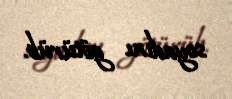
soyadını götürüb.